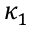
\kappa _ { 1 }